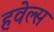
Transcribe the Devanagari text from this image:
हवेल्स